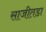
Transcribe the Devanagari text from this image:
साजीतडा